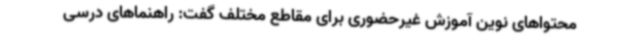
محتواهای نوین آموزش غیرحضوری برای مقاطع مختلف گفت: راهنماهای درسی